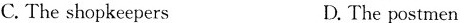
C.The shopkeepers D.The postmen